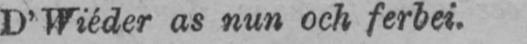
D’Wiéder as nun och ferbei.